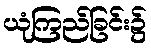
ယုံကြည်ခြင်း၌